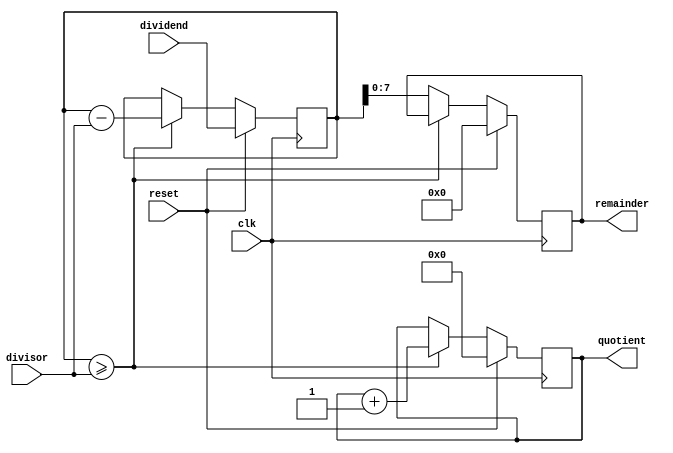
module CounterBasedDivider(
    input wire clk,
    input wire reset,
    input wire [15:0] dividend,
    input wire [7:0] divisor,
    output reg [15:0] quotient,
    output reg [7:0] remainder
);

reg [15:0] counter;

always @(posedge clk) begin
    if (reset) begin
        counter <= dividend;
        quotient <= 0;
        remainder <= 0;
    end else begin
        if (counter >= divisor) begin
            counter <= counter - divisor;
            quotient <= quotient + 1;
        end else begin
            remainder <= counter;
        end
    end
end

endmodule